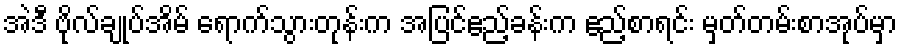
အဲဒီ ဗိုလ်ချုပ်အိမ် ရောက်သွားတုန်းက အပြင်ဧည့်ခန်းက ဧည့်စာရင်း မှတ်တမ်းစာအုပ်မှာ